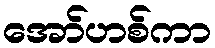
အော်ဟစ်ကာ